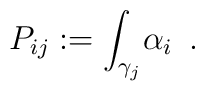
{P_{ij}}:={\int_{\gamma_j}}{\alpha_i}\,\,\,.